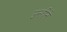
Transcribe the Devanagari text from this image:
उन्हीने